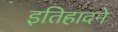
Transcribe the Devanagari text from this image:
इतिहादने